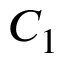
C _ { 1 }